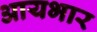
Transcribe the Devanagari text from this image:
आयभार